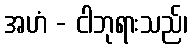
အဟံ - ငါဘုရားသည်၊